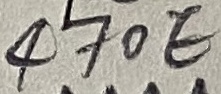
Text: 470E